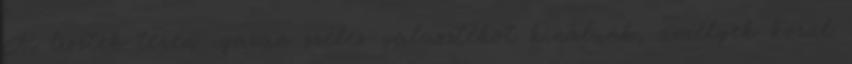
A lisztek terén igazán széles választékot kínálunk, amelyek közül